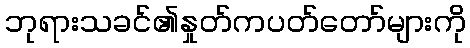
ဘုရားသခင်၏နှုတ်ကပတ်တော်များကို